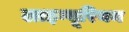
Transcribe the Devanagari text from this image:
लाइग्यूरियन